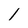
Character: 1